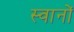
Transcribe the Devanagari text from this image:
स्वानों